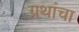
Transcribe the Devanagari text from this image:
ग्रथांचा